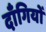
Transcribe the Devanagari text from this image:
दाँगियों